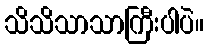
သိသိသာသာကြီးပါပဲ။